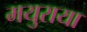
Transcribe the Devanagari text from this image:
मयुराया